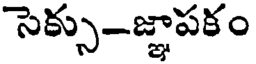
సెక్సు-జ్ఞాపకం